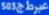
5083غيرطريقة